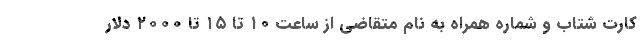
کارت شتاب و شماره همراه به نام متقاضی از ساعت ۱۰ تا ۱۵ تا ۲۰۰۰ دلار